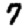
Digit: 7